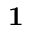
{ \bf 1 }